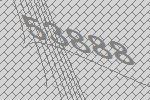
53888